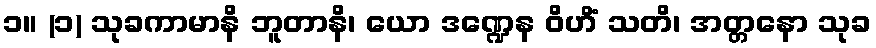
၁။ (၁) သုခကာမာနိ ဘူတာနိ၊ ယော ဒဏ္ဍေန ဝိဟိံ သတိ၊ အတ္တနော သုခ